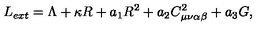
L _ { e x t } = \Lambda + \kappa R + a _ { 1 } R ^ { 2 } + a _ { 2 } C _ { \mu \nu \alpha \beta } ^ { 2 } + a _ { 3 } G ,